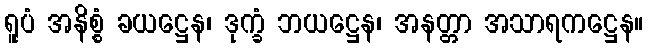
ရူပံ အနိစ္စံ ခယဋ္ဌေန၊ ဒုက္ခံ ဘယဋ္ဌေန၊ အနတ္တာ အသာရကဋ္ဌေန။